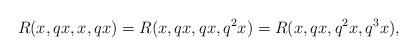
LaTeX: \begin{align*} R(x,qx,x,qx)=R(x,qx,qx,q^{2}x )=R(x,qx,q^{2}x,q^{3}x), \end{align*}